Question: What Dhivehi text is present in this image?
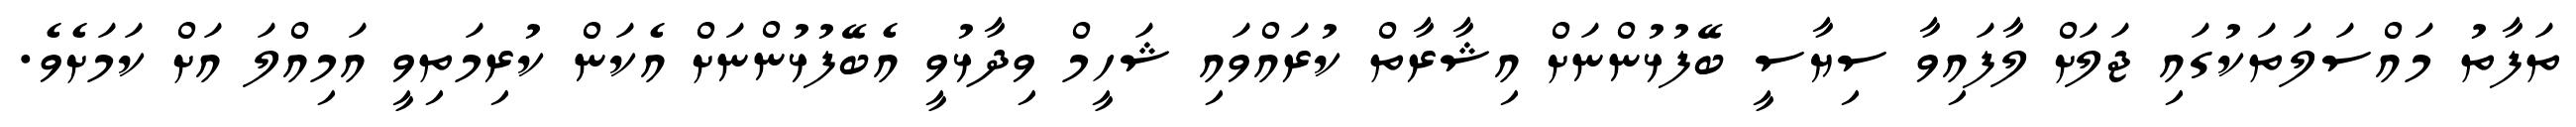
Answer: ތަފާތު މައްސަލަތަކުގައި ޖަލަށް ލާފައިވާ ސިޔާސީ ބޭފުޅުންނަށް އިޝާރާތް ކުރައްވައި ޝަހީމް ވިދާޅުވީ އެބޭފުޅުންނަށް އެކަން ކުރިމަތިވީ އަމިއްލަ އަށް ކަމަށެވެ.